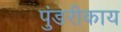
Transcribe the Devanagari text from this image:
पुंडरीकाय